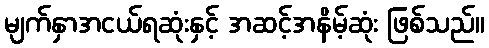
မျက်နှာအငယ်ရဆုံးနှင့် အဆင့်အနိမ့်ဆုံး ဖြစ်သည်။